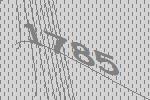
1785